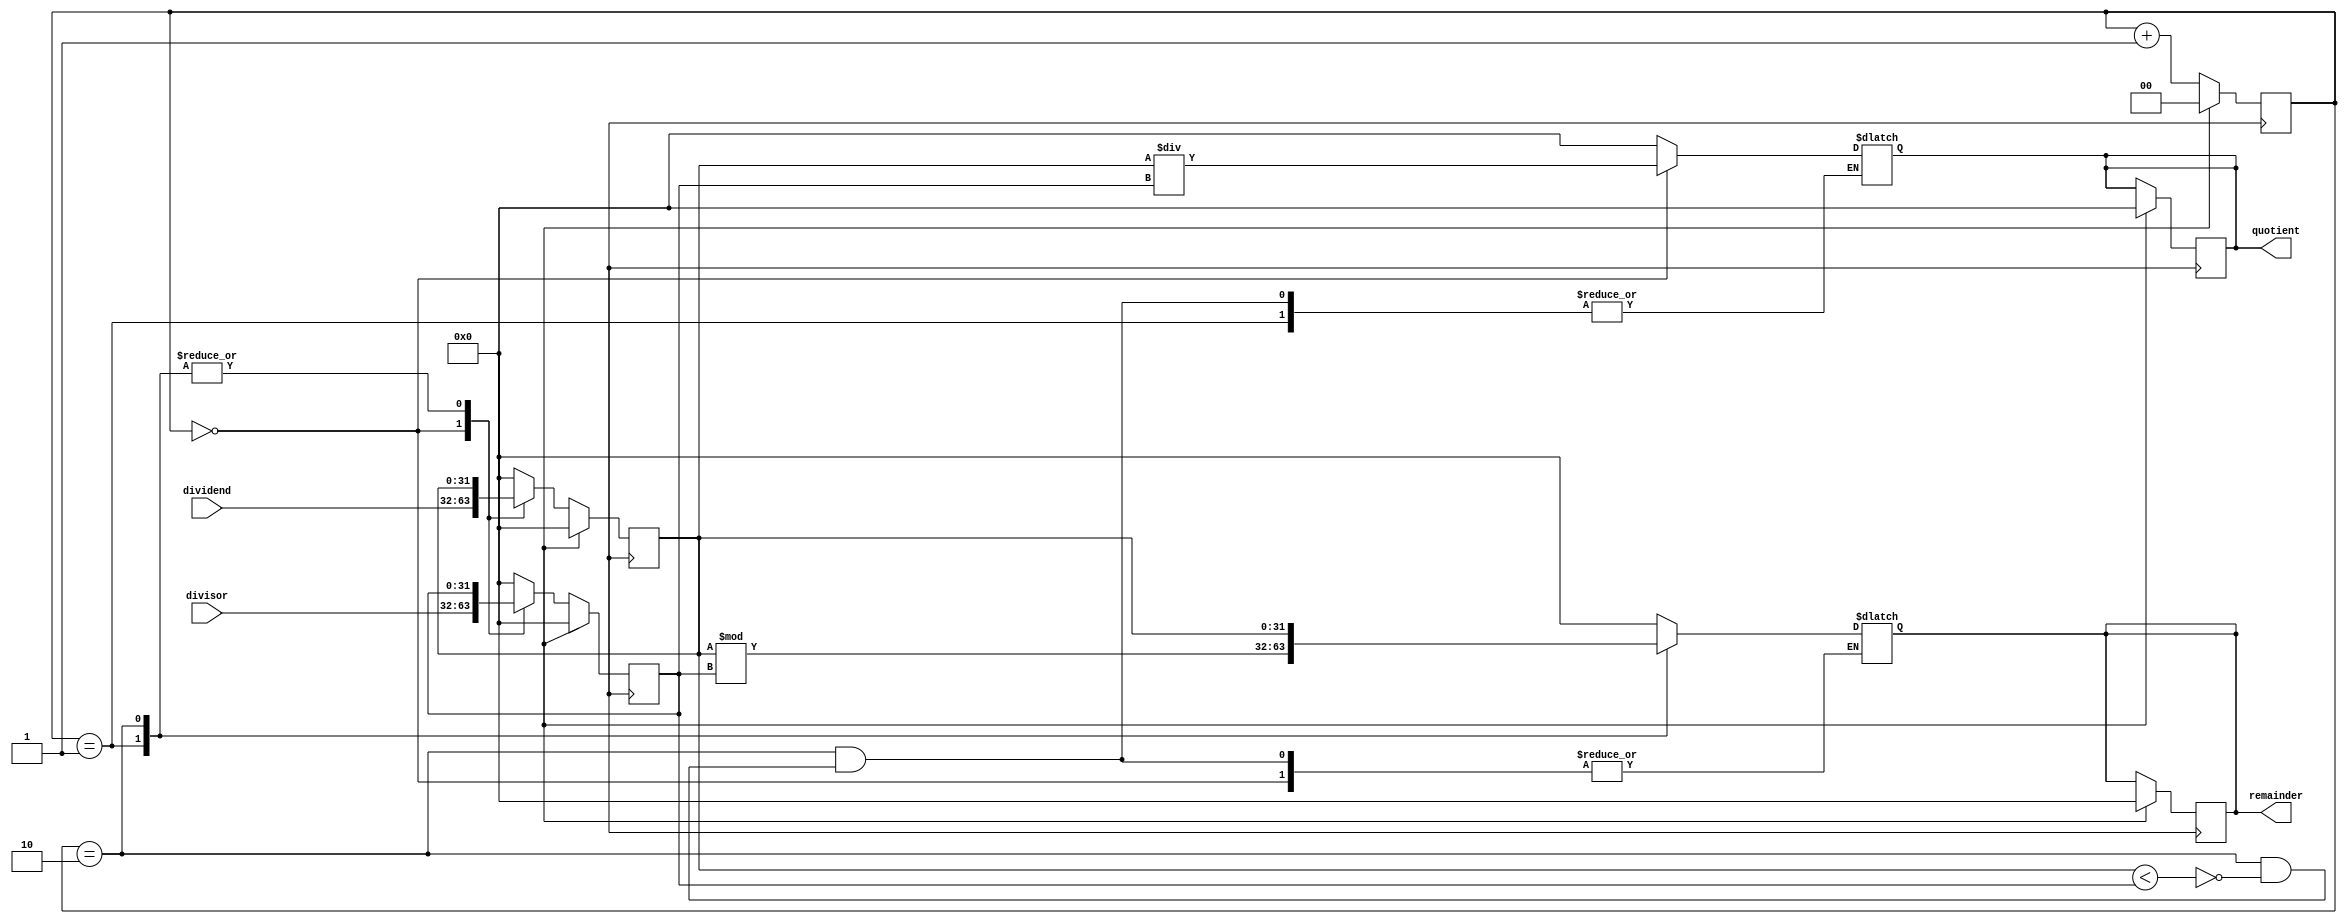
module pipelined_divider (
    input wire [31:0] dividend, // input dividend
    input wire [31:0] divisor,  // input divisor
    output reg [31:0] quotient, // output quotient
    output reg [31:0] remainder // output remainder
);

reg [31:0] dividend_reg;
reg [31:0] divisor_reg;
reg [31:0] quotient_reg;
reg [31:0] remainder_reg;
reg [1:0] stage; // pipeline stage: 0 - calculate quotient, 1 - calculate remainder, 2 - compare

always @(*) begin
    case (stage)
        0: begin // Calculate Quotient Stage
            quotient_reg = dividend_reg / divisor_reg;
        end
        1: begin // Calculate Remainder Stage
            remainder_reg = dividend_reg % divisor_reg;
        end
        2: begin // Compare Stage
            if (dividend_reg < divisor_reg) begin
                quotient_reg = 0;
                remainder_reg = dividend_reg;
            end
        end
        default: begin // default case
            quotient_reg = 0;
            remainder_reg = 0;
        end
    endcase
end

always @(posedge clk) begin
    if (reset) begin
        stage <= 0;
        dividend_reg <= 0;
        divisor_reg <= 0;
        quotient_reg <= 0;
        remainder_reg <= 0;
    end else begin
        case (stage)
            0: begin // Calculate Quotient Stage
                dividend_reg <= dividend;
                divisor_reg <= divisor;
            end
            1: begin // Calculate Remainder Stage
                // Do nothing in this stage
            end
            2: begin // Compare Stage
                // Do nothing in this stage
            end
            default: begin // default case
                dividend_reg <= 0;
                divisor_reg <= 0;
            end
        endcase
        stage <= stage + 1;
    end
end

assign quotient = quotient_reg;
assign remainder = remainder_reg;

endmodule